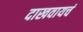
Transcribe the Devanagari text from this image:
दाखवायचं